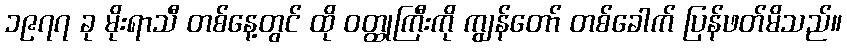
၁၉၇၇ ခု မိုးရာသီ တစ်နေ့တွင် ထို ဝတ္ထုကြီးကို ကျွန်တော် တစ်ခေါက် ပြန်ဖတ်မိသည်။